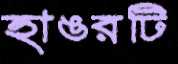
হাঙরটি